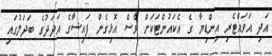
އަދި އަވައްޓެރި އިންޑިޔާ ގެ އެކައުންޓަކަށް ވެސް އޮޅިގެން ފައިސާގެ އަދަދުގެ ބަދަލުގައި